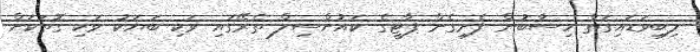
ލިބިވަޑައިގަތް ހިސާބުން ފެށިގެން ޕާޓީގެ ކައުންސިލް ތެރޭގައި ވަކި ބަޔަކު ވަކި ގޮތަކަށް